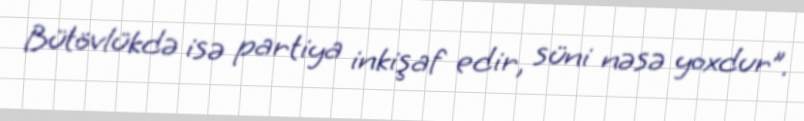
Bütövlükdə isə partiya inkişaf edir, süni nəsə yoxdur”.